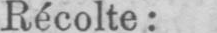
Récolte: